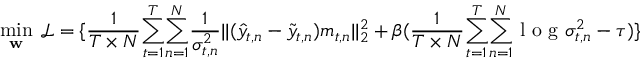
\underset { \mathbf { w } } { \mathop { \operatorname* { m i n } } } ~ \mathcal { L } = \{ \frac { 1 } { T \times N } { \sum _ { t = 1 } ^ { T } } { \sum _ { n = 1 } ^ { N } } \frac { 1 } { \sigma _ { t , n } ^ { 2 } } | | ( \hat { y } _ { t , n } - \tilde { y } _ { t , n } ) m _ { t , n } | | _ { 2 } ^ { 2 } + \beta ( \frac { 1 } { T \times N } { \sum _ { t = 1 } ^ { T } } { \sum _ { n = 1 } ^ { N } } \mathrm { ~ l ~ o ~ g ~ } \sigma _ { t , n } ^ { 2 } - \tau ) \}